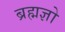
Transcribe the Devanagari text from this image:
ब्रह्मज्ञो